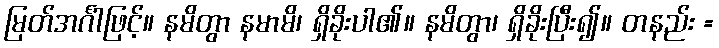
မြတ်အင်္ဂါဖြင့်။ နမိတွာ နမာမိ၊ ရှိခိုးပါ၏။ နမိတွာ၊ ရှိခိုးပြီး၍။ တနည်း =